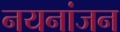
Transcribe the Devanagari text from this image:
नयनांजन